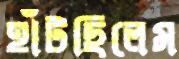
হাঁটছিলেম